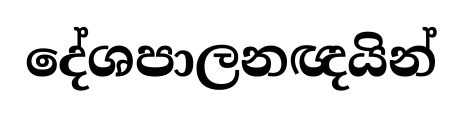
දේශපාලනඥයින්